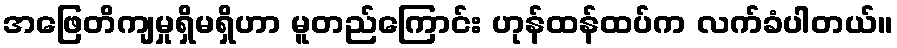
အဖြေတိကျမှုရှိမရှိဟာ မူတည်ကြောင်း ဟုန်ထန်ထပ်က လက်ခံပါတယ်။